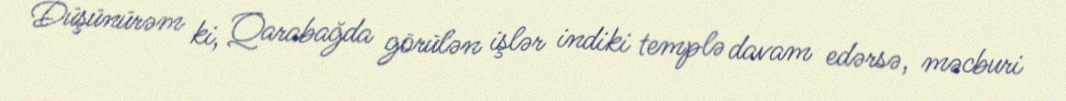
Düşünürəm ki, Qarabağda görülən işlər indiki templə davam edərsə, məcburi